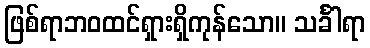
ဖြစ်ရာဘဝထင်ရှားရှိကုန်သော။ သင်္ခါရာ